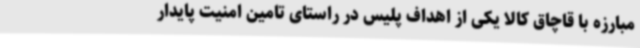
مبارزه با قاچاق کالا یکی از اهداف پلیس در راستای تامین امنیت پایدار